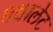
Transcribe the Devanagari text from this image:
फ्थालेट